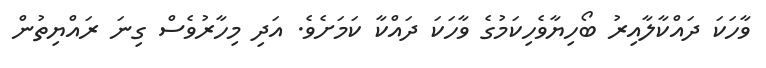
ވާހަކަ ދައްކާލާއިރު ބޯހިޔާވެހިކަމުގެ ވާހަކަ ދައްކާ ކަމަށެވެ. އަދި މިހާރުވެސް ގިނަ ރައްޔިތުން